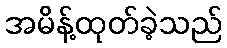
အမိန့်ထုတ်ခဲ့သည်